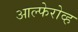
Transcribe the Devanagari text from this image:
आल्फेरोव्ह